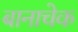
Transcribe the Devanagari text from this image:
बानाचेक